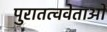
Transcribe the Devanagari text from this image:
पुरातत्ववेताओं